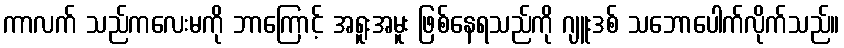
ကာလက် သည်ကလေးမကို ဘာကြောင့် အရူးအမူး ဖြစ်နေရသည်ကို ဂျူးဒစ် သဘောပေါက်လိုက်သည်။